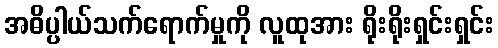
အဓိပ္ပါယ်သက်ရောက်မှုကို လူထုအား ရိုးရိုးရှင်းရှင်း